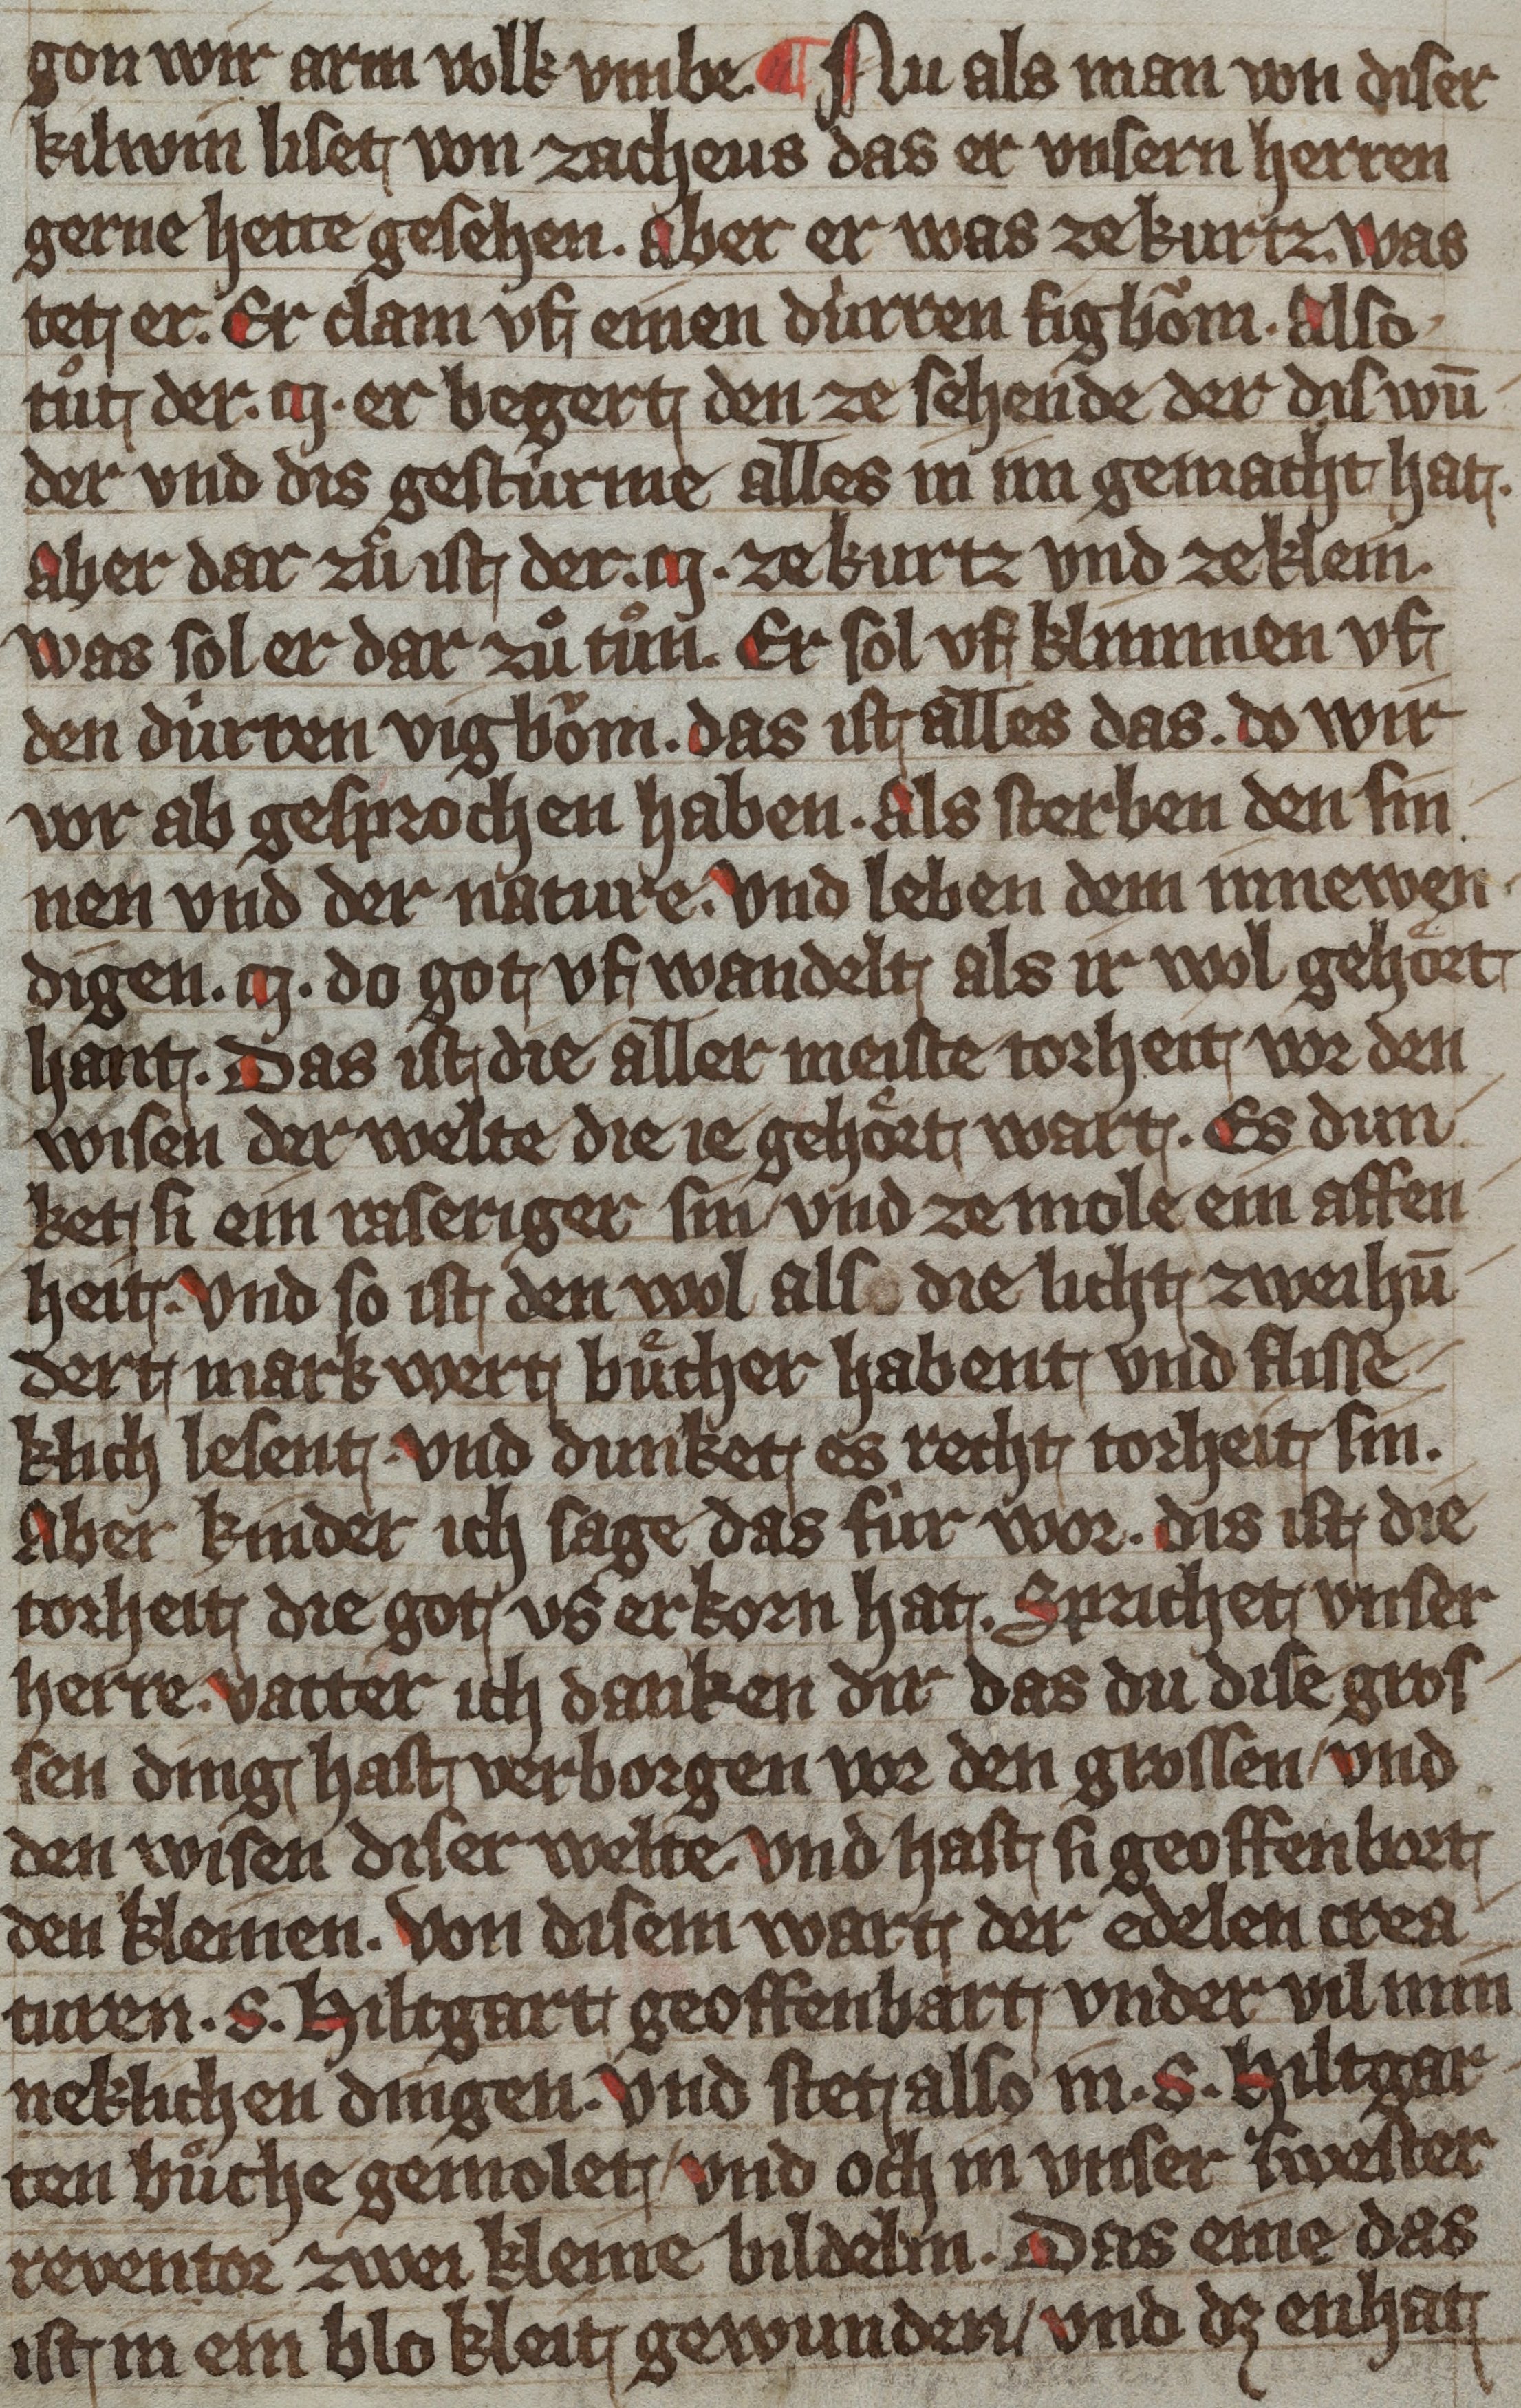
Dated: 1359–1359